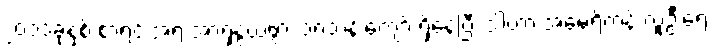
၂၀၁၁ခုနှစ် စာရင်းအရ အာရှနွယ်ဖွား ၁၈သန်းကျော် ရှိနေပြီး ဒါဟာ အမေရိကန် လူဦးရေ